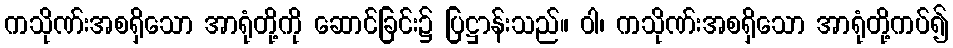
ကသိုဏ်းအစရှိသော အာရုံတို့ကို ဆောင်ခြင်း၌ ပြဋ္ဌာန်းသည်။ ဝါ၊ ကသိုဏ်းအစရှိသော အာရုံတို့ကပ်၍